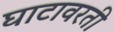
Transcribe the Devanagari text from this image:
घाटावरती